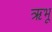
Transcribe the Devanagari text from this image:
ऋभू